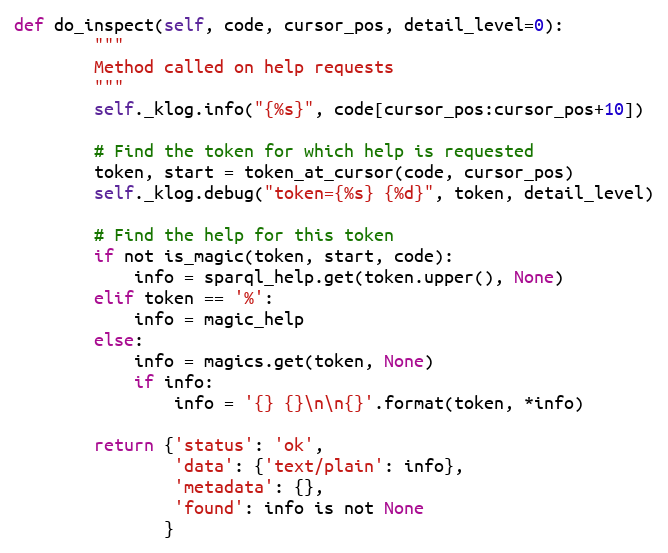
Language: Python
def do_inspect(self, code, cursor_pos, detail_level=0):
        """
        Method called on help requests
        """
        self._klog.info("{%s}", code[cursor_pos:cursor_pos+10])

        # Find the token for which help is requested
        token, start = token_at_cursor(code, cursor_pos)
        self._klog.debug("token={%s} {%d}", token, detail_level)

        # Find the help for this token
        if not is_magic(token, start, code):
            info = sparql_help.get(token.upper(), None)
        elif token == '%':
            info = magic_help
        else:
            info = magics.get(token, None)
            if info:
                info = '{} {}\n\n{}'.format(token, *info)

        return {'status': 'ok',
                'data': {'text/plain': info},
                'metadata': {},
                'found': info is not None
               }